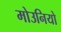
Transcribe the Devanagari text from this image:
मोउनियो